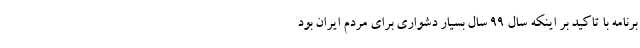
برنامه با تاکید بر اینکه سال ۹۹ سال بسیار دشواری برای مردم ایران بود